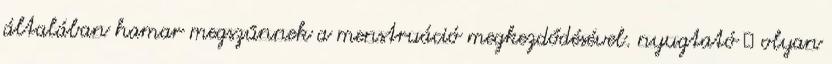
általában hamar megszűnnek a menstruáció megkezdődésével. nyugtató  olyan